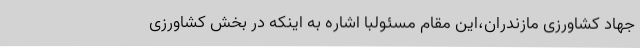
جهاد کشاورزی مازندران،این مقام مسئولبا اشاره به اینکه در بخش کشاورزی